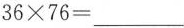
$$36\times 76=___$$